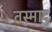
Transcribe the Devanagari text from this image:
तस्मादु